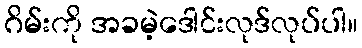
ဂိမ်းကို အခမဲ့ဒေါင်းလုဒ်လုပ်ပါ။